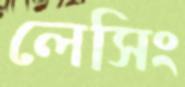
লেসিং